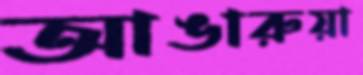
আঙারুয়া